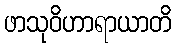
ဖာသုဝိဟာရာယာတိ